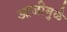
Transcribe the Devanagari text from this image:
आजीमुळे